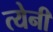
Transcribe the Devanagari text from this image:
त्येनी